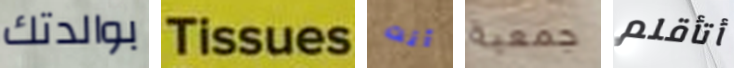
بوالدتك Tissues أنت جمعية أتأقلم